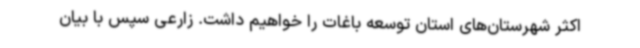
اکثر شهرستان‌های استان توسعه باغات را خواهیم داشت. زارعی سپس با بیان